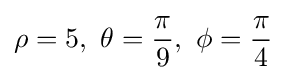
\rho =5,\ \theta ={\pi  \over 9},\ \phi ={\pi  \over 4}